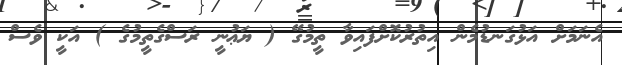
އެނަމަށް އަޅުގަނޑުމެން އިތުރުކޮށްފައިވާ ތީމުގޭ ( ޔަޢުނީ ރަސްގެތީމުގެ ) އަކީ ވެސް